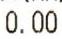
0.00